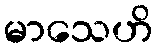
မာသေဟိ